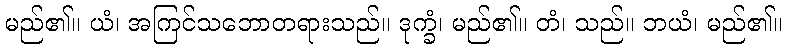
မည်၏။ ယံ၊ အကြင်သဘောတရားသည်။ ဒုက္ခံ၊ မည်၏။ တံ၊ သည်။ ဘယံ၊ မည်၏။